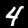
Label: 4